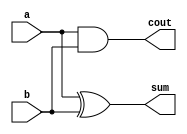
module half_adder (input a,b, output sum, cout);

xor G1(sum,a,b);
and G2(cout,a,b);

endmodule